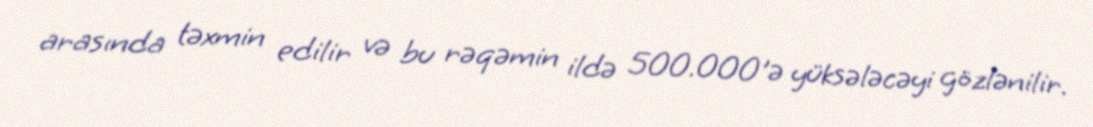
arasında təxmin edilir və bu rəqəmin ildə 500.000'ə yüksələcəyi gözlənilir.